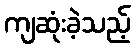
ကျဆုံးခဲ့သည့်